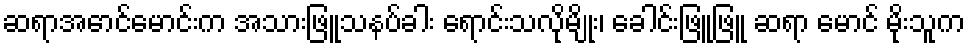
ဆရာအောင်မောင်းက အသားဖြူသနပ်ခါး ရောင်းသလိုမျိုး၊ ခေါင်းဖြူဖြူ ဆရာ မောင် မိုးသူက